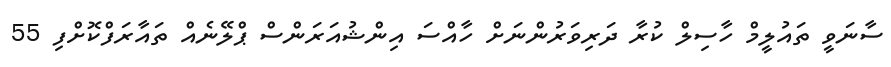
ސާނަވީ ތައުލީމް ހާސިލް ކުރާ ދަރިވަރުންނަށް ހާއްސަ އިންޝުއަރަންސް ޕްލޭނެއް ތައާރަފްކޮށްފި 55